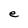
Character: e